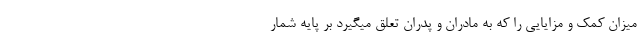
میزان کمک و مزایایی را که به مادران و پدران تعلق میگیرد بر پایه شمار